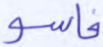
فاسو